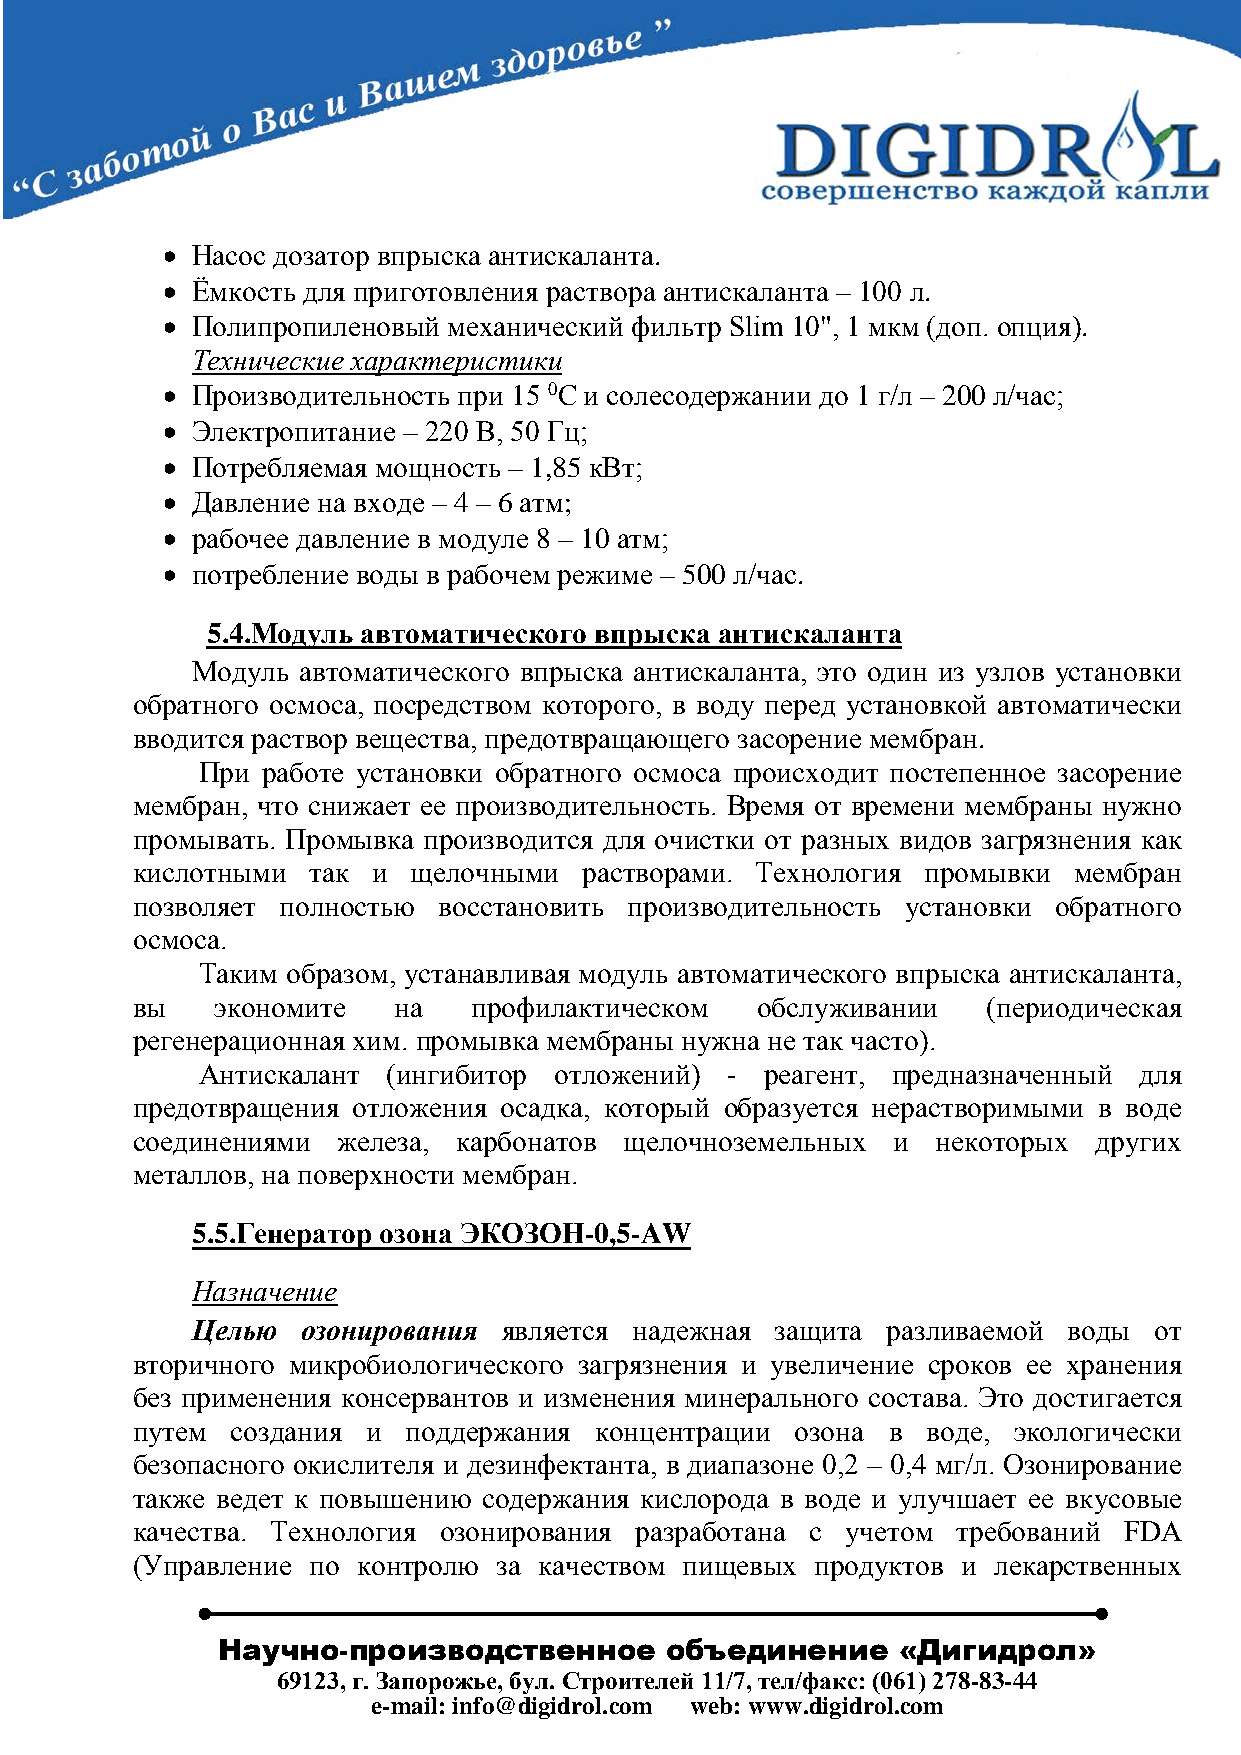
• Насос дозатор впрыска антискаланта.
 • Ёмкость для приготовления раствора антискаланта – 100 л.
 • Полипропиленовый механический фильтр Slim 10", 1 мкм (доп. опция).
 Технические характеристики
 • Производительность при 15 0С и солесодержании до 1 г/л – 200 л/час;
 • Электропитание – 220 В, 50 Гц;
 • Потребляемая мощность – 1,85 кВт;
 • Давление на входе – 4 – 6 атм;
 • рабочее давление в модуле 8 – 10 атм;
 • потребление воды в рабочем режиме – 500 л/час.
 5.4.Модуль автоматического впрыска антискаланта
 Модуль автоматического впрыска антискаланта, это один из узлов установки
 обратного осмоса, посредством которого, в воду перед установкой автоматически
 вводится раствор вещества, предотвращающего засорение мембран.
 При работе установки обратного осмоса происходит постепенное засорение
 мембран, что снижает ее производительность. Время от времени мембраны нужно
 промывать. Промывка производится для очистки от разных видов загрязнения как
 кислотными  так и щелочными   растворами. Технология промывки мембран
 позволяет полностью восстановить производительность установки обратного
 осмоса.
 Таким образом, устанавливая модуль автоматического впрыска антискаланта,
 вы   экономите   на   профилактическом   обслуживании   (периодическая
 регенерационная хим. промывка мембраны нужна не так часто).
 Антискалант  (ингибитор отложений) -  реагент, предназначенный для
 предотвращения отложения осадка, который образуется нерастворимыми в воде
 соединениями железа, карбонатов щелочноземельных  и  некоторых  других
 металлов, на поверхности мембран.
 5.5.Генератор озона ЭКОЗОН-0,5-AW
 Назначение
 Целью  озонирования является надежная защита  разливаемой воды от
 вторичного микробиологического загрязнения и увеличение сроков ее хранения
 без применения консервантов и изменения минерального состава. Это достигается
 путем создания и  поддержания концентрации  озона в воде, экологически
 безопасного окислителя и дезинфектанта, в диапазоне 0,2 – 0,4 мг/л. Озонирование
 также ведет к повышению содержания кислорода в воде и улучшает ее вкусовые
 качества. Технология озонирования разработана с учетом требований FDA
 (Управление по контролю за качеством пищевых продуктов и лекарственных
 Научно-производственное       объединение    «Дигидрол»
 69123, г. Запорожье, бул. Строителей 11/7, тел/факс: (061) 278-83-44
 e-mail: info@digidrol.com web: www.digidrol.com